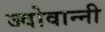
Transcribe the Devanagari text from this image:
ज्वोवान्नी